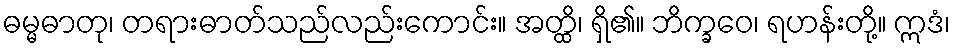
ဓမ္မဓာတု၊ တရားဓာတ်သည်လည်းကောင်း။ အတ္ထိ၊ ရှိ၏။ ဘိက္ခဝေ၊ ရဟန်းတို့။ ဣဒံ၊